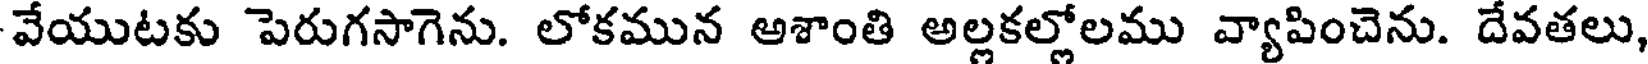
వేయుటకు పెరుగసాగెను. లోకమున అశాంతి అల్లకల్లోలము వ్యాపించెను. దేవతలు,